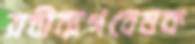
রবীন্দ্রগবেষক